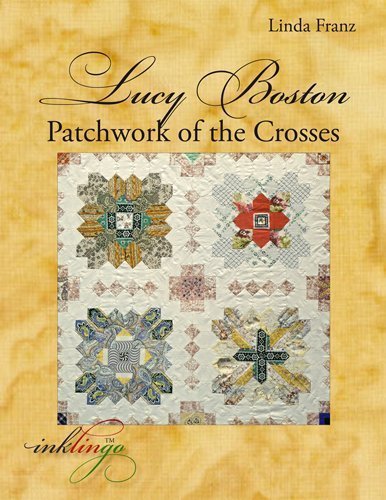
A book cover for Lucy Boston: Patchwork of the Crosses; Linda Franz; Crafts, Hobbies & Home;